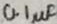
Text: 0.1µF